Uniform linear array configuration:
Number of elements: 4
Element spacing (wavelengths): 1
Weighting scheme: hann
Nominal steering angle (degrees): -45
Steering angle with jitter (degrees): -45.545
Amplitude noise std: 0.05
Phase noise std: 0.05

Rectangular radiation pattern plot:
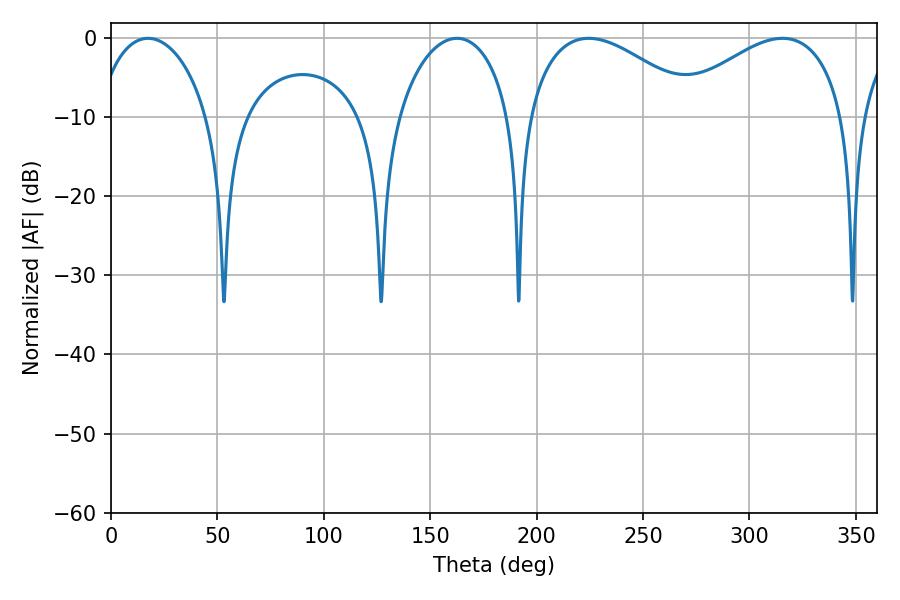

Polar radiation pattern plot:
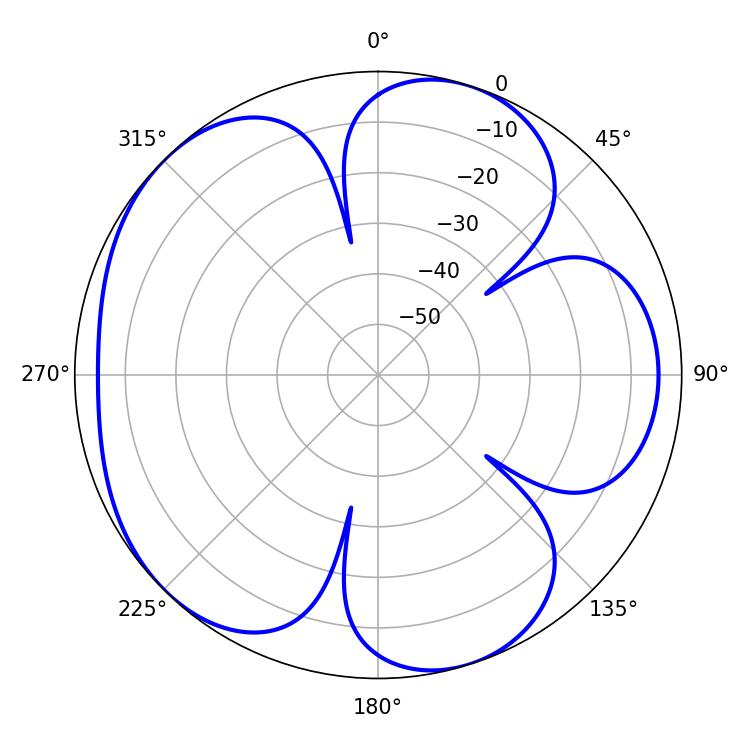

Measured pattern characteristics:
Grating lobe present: TRUE
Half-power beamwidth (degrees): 45
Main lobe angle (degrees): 224.46